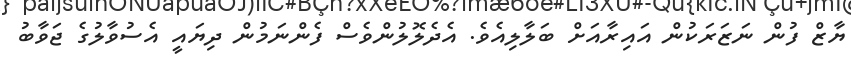
ޔާޒް ފުން ނަޒަރަކުން އައިރާއަށް ބަލާލިއެވެ. އެދެލޮލުންވެެސް ފެންނަމުން ދިޔައީ އެސުވާލުގެ ޖަވާބު